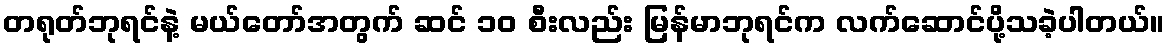
တရုတ်ဘုရင်နဲ့ မယ်တော်အတွက် ဆင် ၁၀ စီးလည်း မြန်မာဘုရင်က လက်ဆောင်ပို့သခဲ့ပါတယ်။